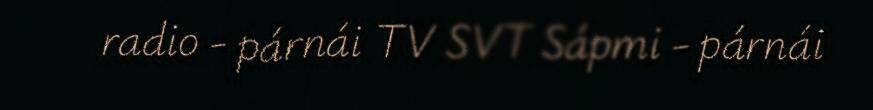
radio - párnái TV SVT Sápmi - párnái